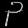
Digit: ၃